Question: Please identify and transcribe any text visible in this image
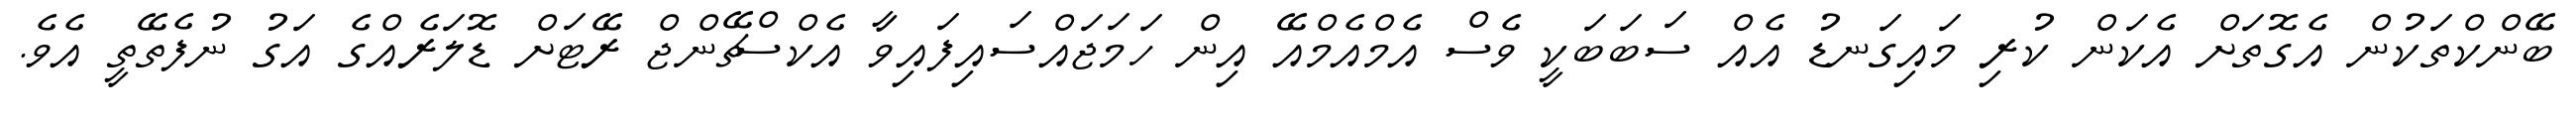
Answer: ބޭންކްތަކުން އެގޮތަށް އެކަން ކުރި މައިގަނޑު އެއް ސަބަބަކީ ވެސް އެމްއެމްއޭ އިން ހަމަޖައްސައިފައިވާ އެކްސްޗޭންޖް ރޭޓަށް ޑޮލަރެއްގެ އަގު ނުފެތޭތީ އެވެ.